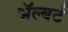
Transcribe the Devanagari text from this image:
अॅल्बर्ट